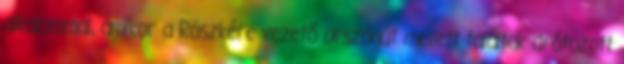
alkalommal, amikor a Röszkére vezető országút mellett találtak drótozott